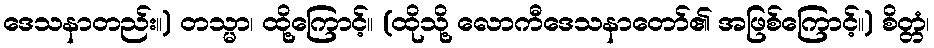
ဒေသနာတည်း။) တသ္မာ၊ ထို့ကြောင့်။ (ထိုသို့ လောကီဒေသနာတော်၏ အဖြစ်ကြောင့်။) စိတ္တံ၊